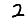
Digit: 2